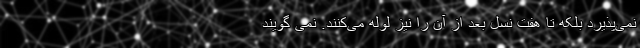
نمی‌پذیرد بلکه تا هفت نسل بعد از آن را نیز لوله می‌کنند. نمی گویند